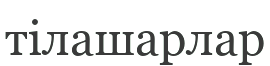
тілашарлар